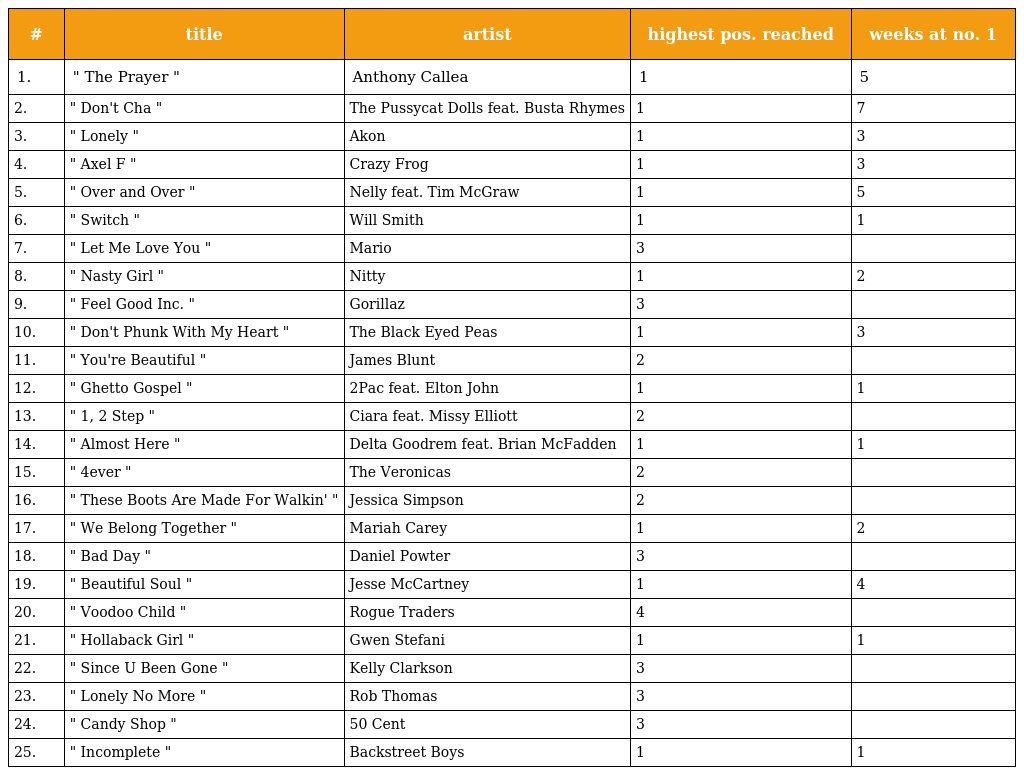
| # | title | artist | highest pos. reached | weeks at no. 1 |
 | --- | --- | --- | --- | --- |
 | 1. | " The Prayer " | Anthony Callea | 1 | 5 |
 | 2. | " Don't Cha " | The Pussycat Dolls feat. Busta Rhymes | 1 | 7 |
 | 3. | " Lonely " | Akon | 1 | 3 |
 | 4. | " Axel F " | Crazy Frog | 1 | 3 |
 | 5. | " Over and Over " | Nelly feat. Tim McGraw | 1 | 5 |
 | 6. | " Switch " | Will Smith | 1 | 1 |
 | 7. | " Let Me Love You " | Mario | 3 |  |
 | 8. | " Nasty Girl " | Nitty | 1 | 2 |
 | 9. | " Feel Good Inc. " | Gorillaz | 3 |  |
 | 10. | " Don't Phunk With My Heart " | The Black Eyed Peas | 1 | 3 |
 | 11. | " You're Beautiful " | James Blunt | 2 |  |
 | 12. | " Ghetto Gospel " | 2Pac feat. Elton John | 1 | 1 |
 | 13. | " 1, 2 Step " | Ciara feat. Missy Elliott | 2 |  |
 | 14. | " Almost Here " | Delta Goodrem feat. Brian McFadden | 1 | 1 |
 | 15. | " 4ever " | The Veronicas | 2 |  |
 | 16. | " These Boots Are Made For Walkin' " | Jessica Simpson | 2 |  |
 | 17. | " We Belong Together " | Mariah Carey | 1 | 2 |
 | 18. | " Bad Day " | Daniel Powter | 3 |  |
 | 19. | " Beautiful Soul " | Jesse McCartney | 1 | 4 |
 | 20. | " Voodoo Child " | Rogue Traders | 4 |  |
 | 21. | " Hollaback Girl " | Gwen Stefani | 1 | 1 |
 | 22. | " Since U Been Gone " | Kelly Clarkson | 3 |  |
 | 23. | " Lonely No More " | Rob Thomas | 3 |  |
 | 24. | " Candy Shop " | 50 Cent | 3 |  |
 | 25. | " Incomplete " | Backstreet Boys | 1 | 1 |